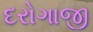
દરોગાજી